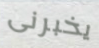
يخبرنى